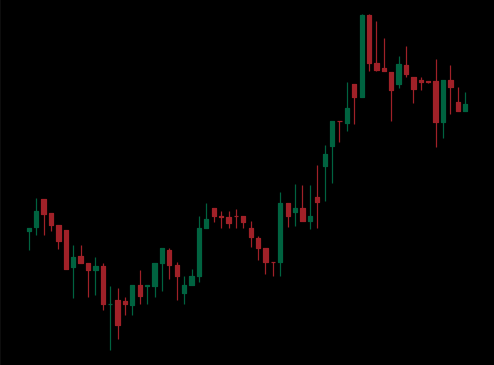
Pattern: unclassified